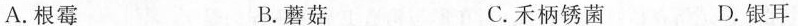
A.根霉 B.蘑菇 C.禾柄锈菌 D.银耳